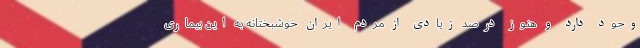
وجود دارد و هنوز درصد زیادی از مردم ایران خوشبختانه به این بیماری